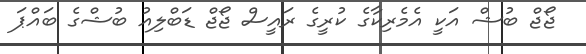
ޖޯޖް ބުޝް އަކީ އެމެރިކާގެ ކުރީގެ ރައީސް ޖޯޖް ޑަބްލިއު ބުޝްގެ ބައްޕަ